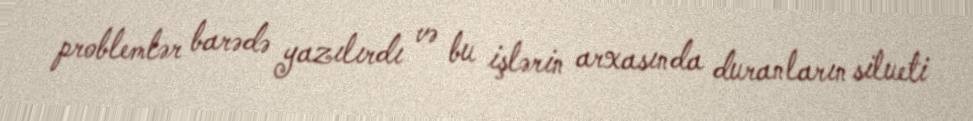
problemlər barədə yazılırdı və bu işlərin arxasında duranların silueti